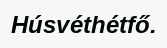
Húsvéthétfő.